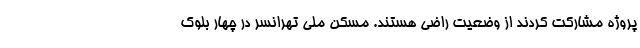
پروژه مشارکت کردند از وضعیت راضی هستند. مسکن ملی تهرانسر در چهار بلوک